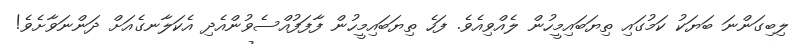
ލިބިގަންނަ ބަޔަކު ކަމުގައި ތިޔަބައިމީހުން ލެއްވިއެވެ. ފަހެ ތިޔަބައިމީހުން ފާފަފުއްސެވުންއެދި އެކަލާނގެއަށް ދަންނަވާށެވެ!